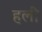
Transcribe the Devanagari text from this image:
हलीं